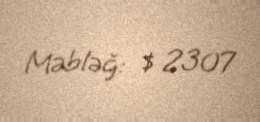
Məbləğ: $ 2307